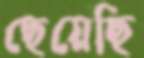
ছেয়েছি